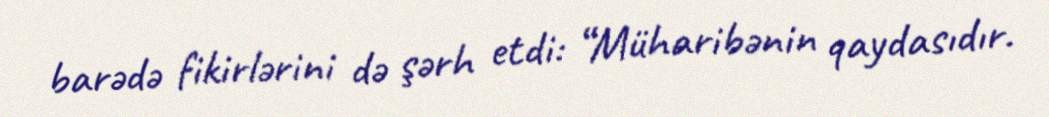
barədə fikirlərini də şərh etdi: “Müharibənin qaydasıdır.